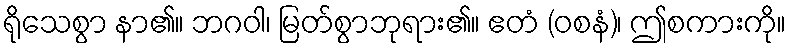
ရိုသေစွာ နာ၏။ ဘဂဝါ၊ မြတ်စွာဘုရား၏။ ဧတံ (ဝစနံ)၊ ဤစကားကို။